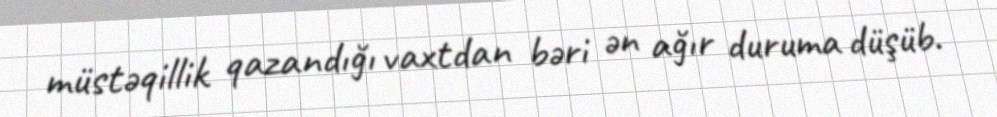
müstəqillik qazandığı vaxtdan bəri ən ağır duruma düşüb.